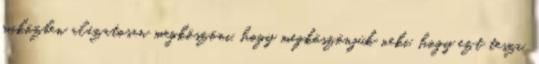
miközben alázatosan megköszöni, hogy megköszönjük neki, hogy ezt teszi.